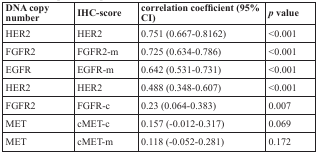
| DNA copy number | IHC-score | correlation coefficient (95% CI) | p value |
 | --- | --- | --- | --- |
 | HER2 | HER2 | 0.751 (0.667-0.8162) | <0.001 |
 | FGFR2 | FGFR2-m | 0.725 (0.634-0.786) | <0.001 |
 | EGFR | EGFR-m | 0.642 (0.531-0.731) | <0.001 |
 | HER2 | HER2 | 0.488 (0.348-0.607) | <0.001 |
 | FGFR2 | FGFR-c | 0.23 (0.064-0.383) | 0.007 |
 | MET | cMET-c | 0.157 (−0.012-0.317) | 0.069 |
 | MET | cMET-m | 0.118 (−0.052-0.281) | 0.172 |